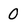
Character: 0